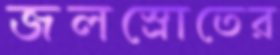
জলস্রোতের